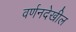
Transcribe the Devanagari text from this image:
वर्णनदेखील